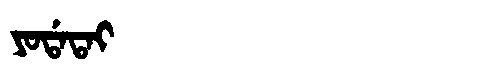
Manchu: ᠶᠣᡩᠠᡨᠠᡳ
Romanization: YODATAI